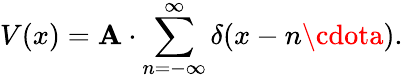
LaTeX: V(x)=\mathbf{A}\cdot\sum_{n=-\infty}^{\infty}\delta(x-n\cdota).